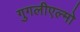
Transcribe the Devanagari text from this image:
गुगलीएल्मो